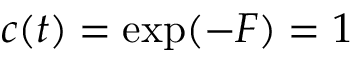
c ( t ) = \exp ( - F ) = 1